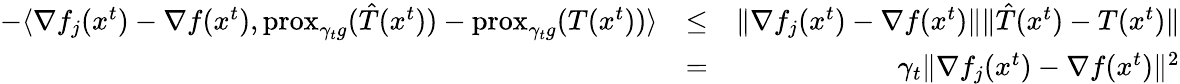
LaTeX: \begin{array}{rlr}{-\langle\nabla f_{j}(x^{t})-\nabla f(x^{t}),\mathrm{prox}_{\gamma_{t}g}(\hat{T}(x^{t}))-\mathrm{prox}_{\gamma_{t}g}(T(x^{t}))\rangle}&{\leq}&{\Vert\nabla f_{j}(x^{t})-\nabla f(x^{t})\Vert\Vert\hat{T}(x^{t})-T(x^{t})\Vert}\\ &{=}&{\gamma_{t}\Vert\nabla f_{j}(x^{t})-\nabla f(x^{t})\Vert^{2}}\end{array}